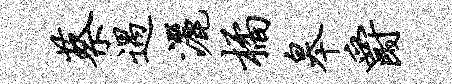
蔡遇洒橘皋爵